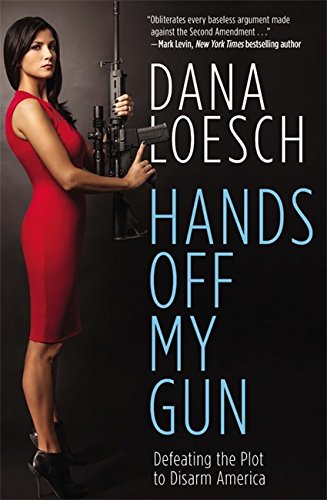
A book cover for Hands Off My Gun: Defeating the Plot to Disarm America; Dana Loesch; Politics & Social Sciences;